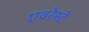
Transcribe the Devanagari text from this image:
एवरेस्‍टे